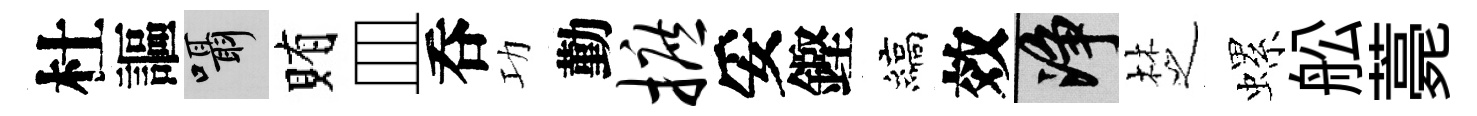
杜謳囁賄皿呑功勤摭妥鏗縞效净椘螺舩薧